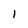
Character: 1